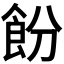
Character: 𬲍